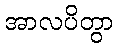
အာလပိတွာ